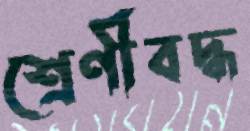
শ্রেণীবদ্ধ